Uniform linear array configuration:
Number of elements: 32
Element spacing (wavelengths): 0.25
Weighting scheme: uniform
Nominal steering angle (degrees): -30
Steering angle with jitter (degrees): -28.641
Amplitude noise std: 0.05
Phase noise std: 0.05

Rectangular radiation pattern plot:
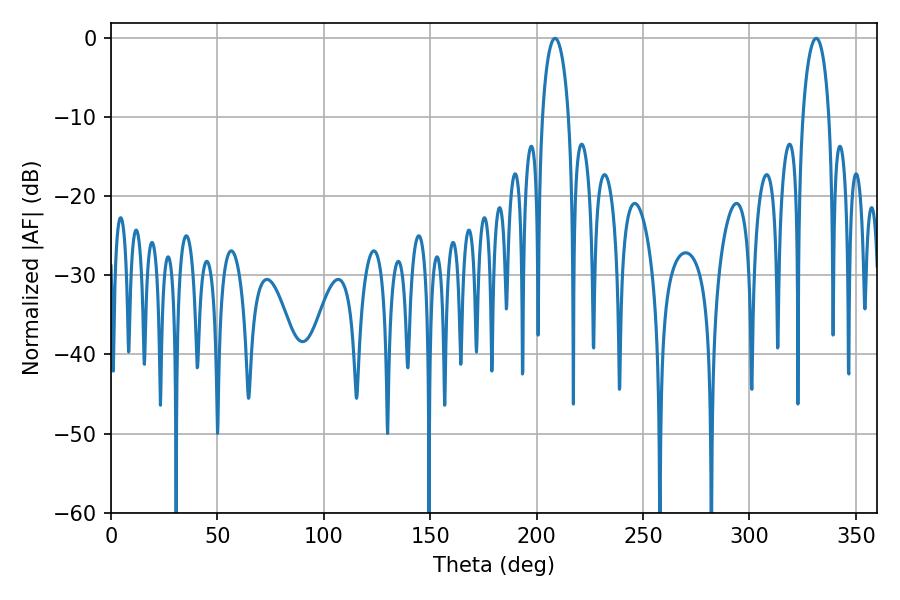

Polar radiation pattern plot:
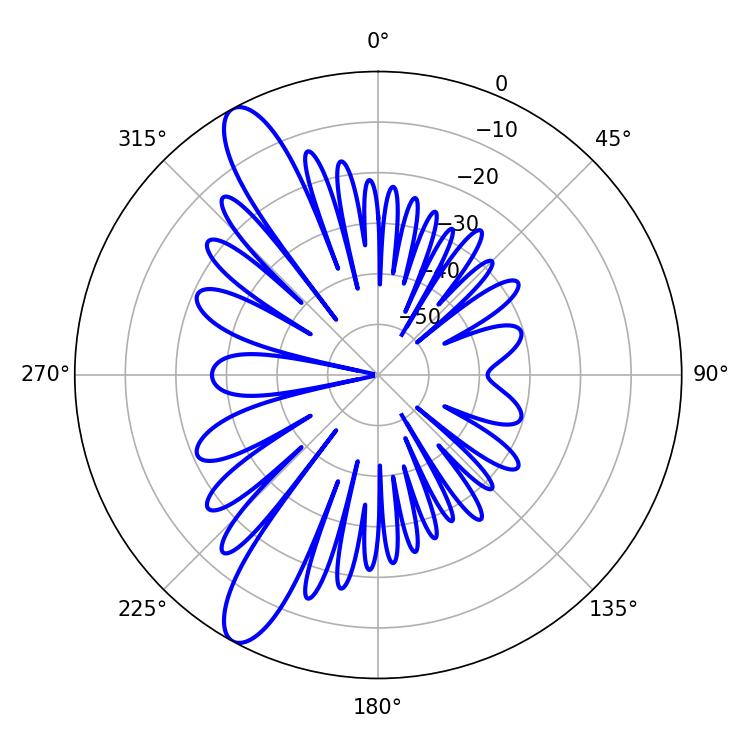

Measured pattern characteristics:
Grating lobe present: FALSE
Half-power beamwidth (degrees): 7.02
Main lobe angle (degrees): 208.62